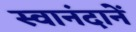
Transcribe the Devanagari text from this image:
स्वानंदानें